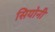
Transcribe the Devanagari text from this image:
सियोनी